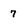
Character: 7